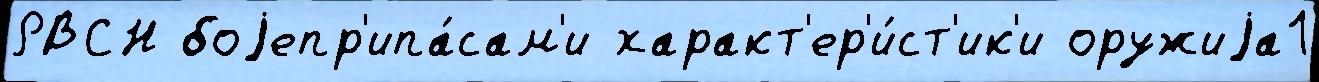
РВСН боjепр'ипа́сам'и характ'ер'и́ст'ик'и оружиjа1